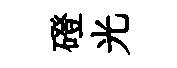
磴光